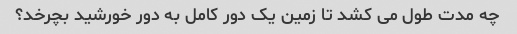
چه مدت طول می کشد تا زمین یک دور کامل به دور خورشید بچرخد؟